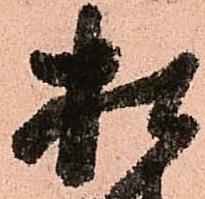
松